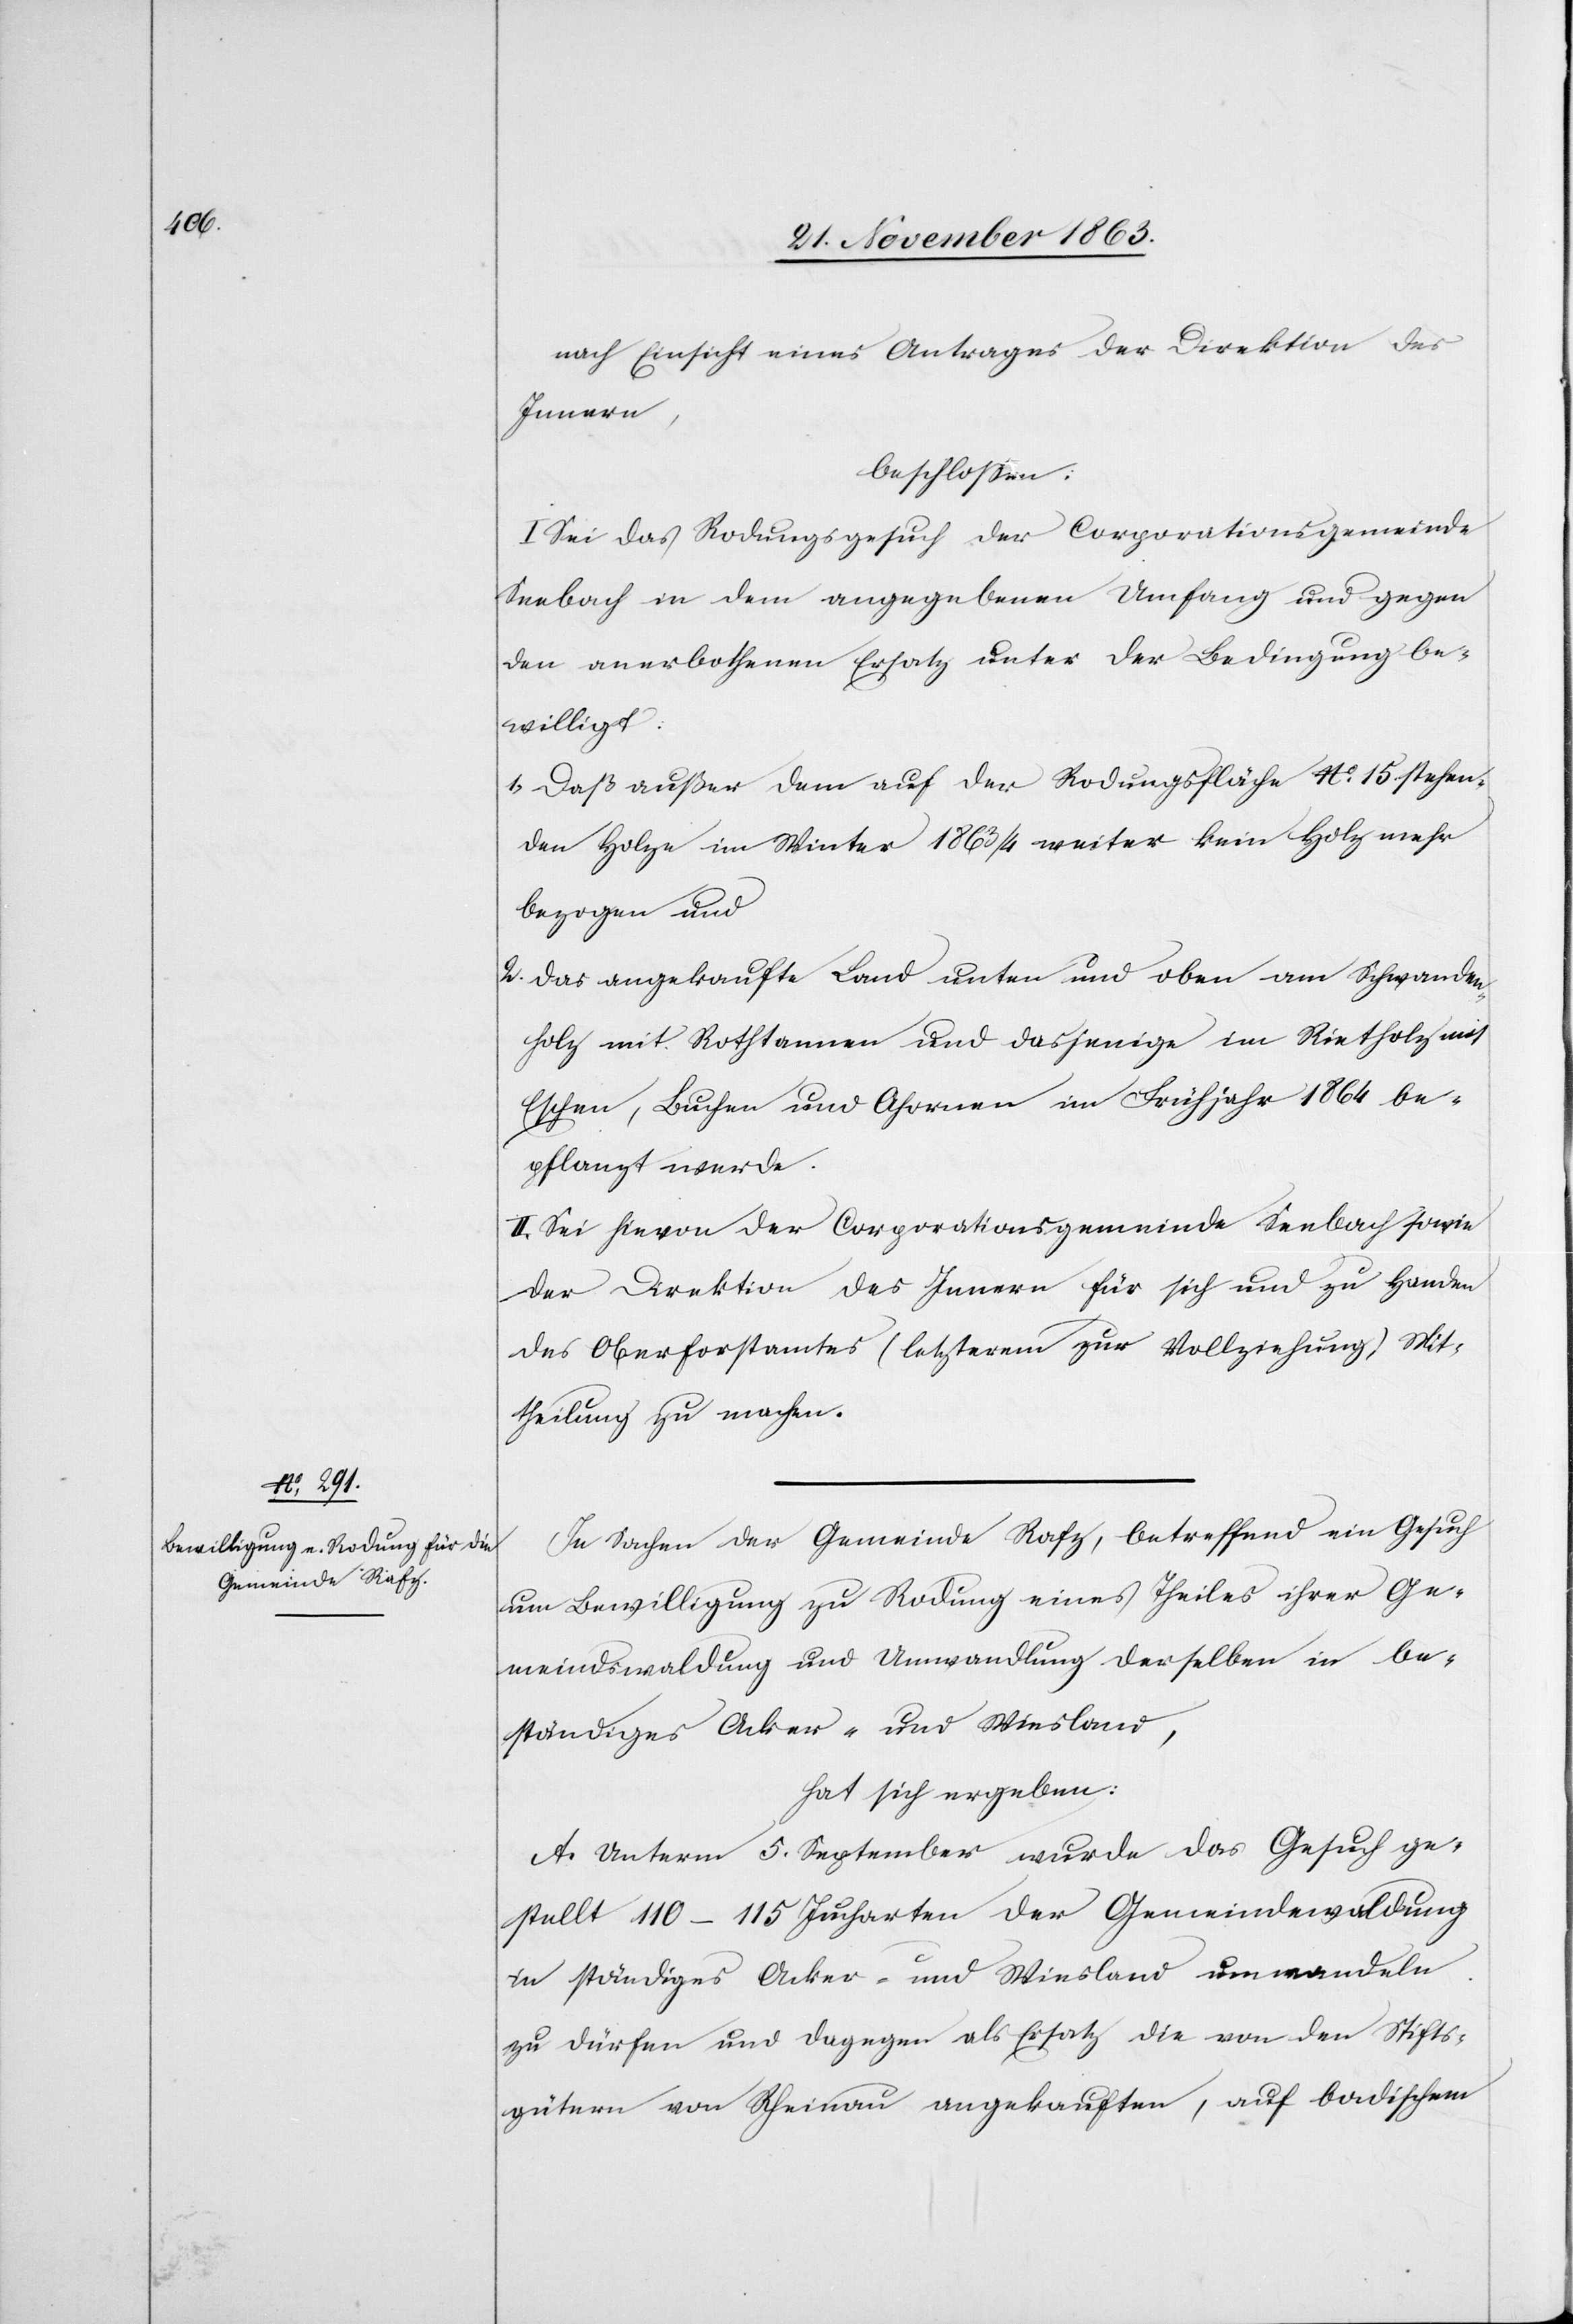
nach Einsicht eines Antrages der Direktion des
Innern,
beschlossen:
I. Sei das Rodungsgesuch der Corporationsgemeinde
Seebach in dem angegebenen Umfang und gegen
den anerbothenen Ersatz unter der Bedingung be¬
willigt:
1. Daß außer dem auf der Rodungsfläche No. 15 stehen¬
den Holze im Winter 1863/4 weiter kein Holz mehr
bezogen und
2. das angekaufte Land unten und oben am Schwanden¬
holz mit Rothtannen und dasjenige im Rietholz mit
Eschen, Buchen und Ahornen im Frühjahr 1864 be¬
pflanzt werde.
II. Sei hievon der Corporationsgemeinde Seebach sowie
der Direktion des Innern für sich und zu Handen
des Oberforstamtes (letzterem zur Vollziehung) Mit¬
theilung zu machen.
In Sachen der Gemeinde Rafz, betreffend ein Gesuch
um Bewilligung zu Rodung eines Theiles ihrer Ge¬
meindswaldung und Umwandlung derselben in be¬
ständiges Acker- und Wiesland,
hat sich ergeben:
A. Unterm 5. September wurde das Gesuch ge¬
stellt 110–115 Jucharten der Gemeindewaldung
in ständiges Acker- und Wiesland umwandeln
zu dürfen und dagegen als Ersatz die von der Stifts¬
gütern von Rheinau angekauften, auf badischem